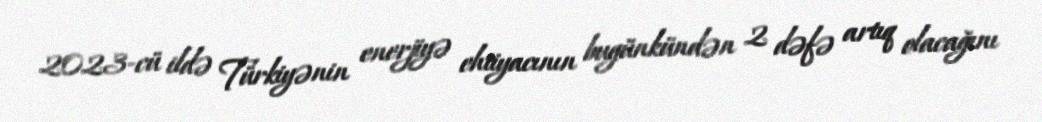
2023-cü ildə Türkiyənin enerjiyə ehtiyacının bugünkündən 2 dəfə artıq olacağını